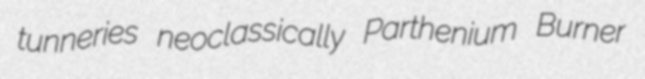
tunneries neoclassically Parthenium Burner